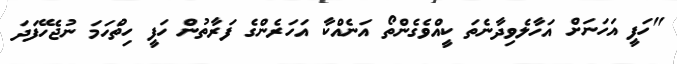
"ހަފީ އަހަނަށް އަހާލެވިދާނެތަ ކީއްވެގެންތޯ އަނެއްކާ އަހަރެންގެ ފަރާތުން ހަފީ ހިތްހަމަ ނުޖެހޭފަދަ